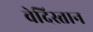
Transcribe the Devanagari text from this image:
वेदिस्तान